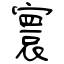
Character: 寰